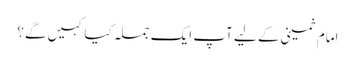
امام خمینی کے لیے آپ ایک جملہ کیا کہیں گے؟